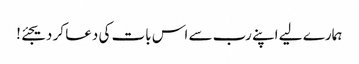
ہمارے لیے اپنے رب سے اس بات کی دعا کر دیجئے!